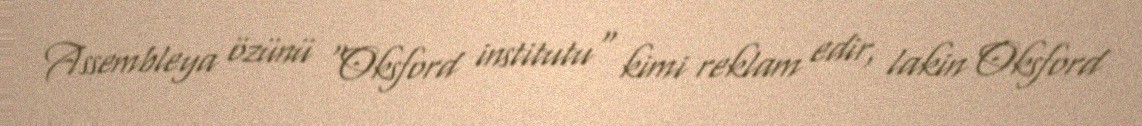
Assembleya özünü "Oksford institutu" kimi reklam edir, lakin Oksford